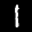
Label: 1